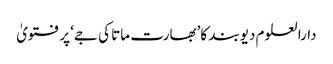
دارالعلوم دیوبند کا’بھارت ماتا کی جے‘ پر فتویٰ